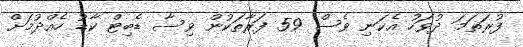
ފުރަތަމަ ދުވަހު އެކަނި ވެސް 59 ފަރާތަކުން ވިސާ ޑެބިޓް ކާޑު ހެއްދުމަށް